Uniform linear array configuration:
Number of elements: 16
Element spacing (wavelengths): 1
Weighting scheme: kaiser
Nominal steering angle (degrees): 15
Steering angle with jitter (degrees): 16.083
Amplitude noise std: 0.05
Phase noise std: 0.05

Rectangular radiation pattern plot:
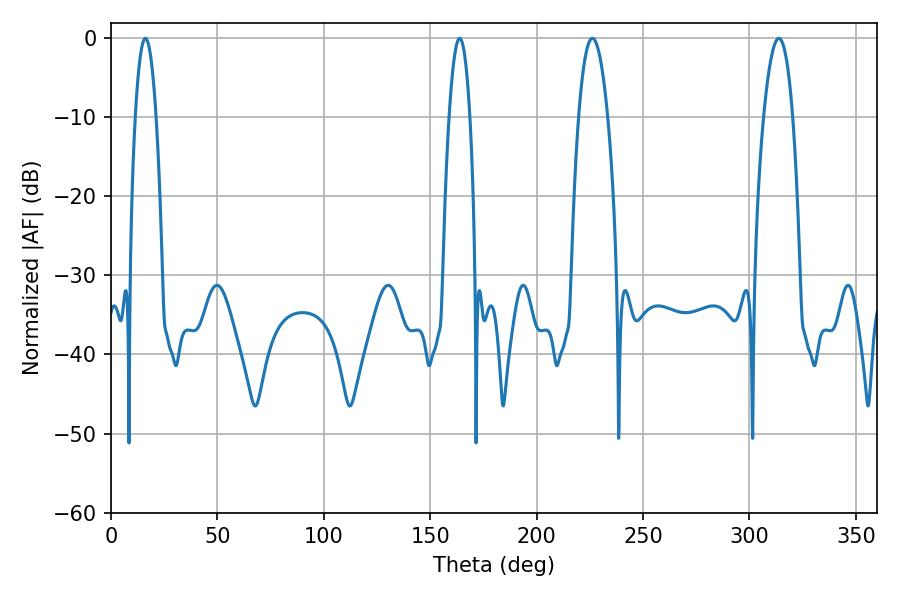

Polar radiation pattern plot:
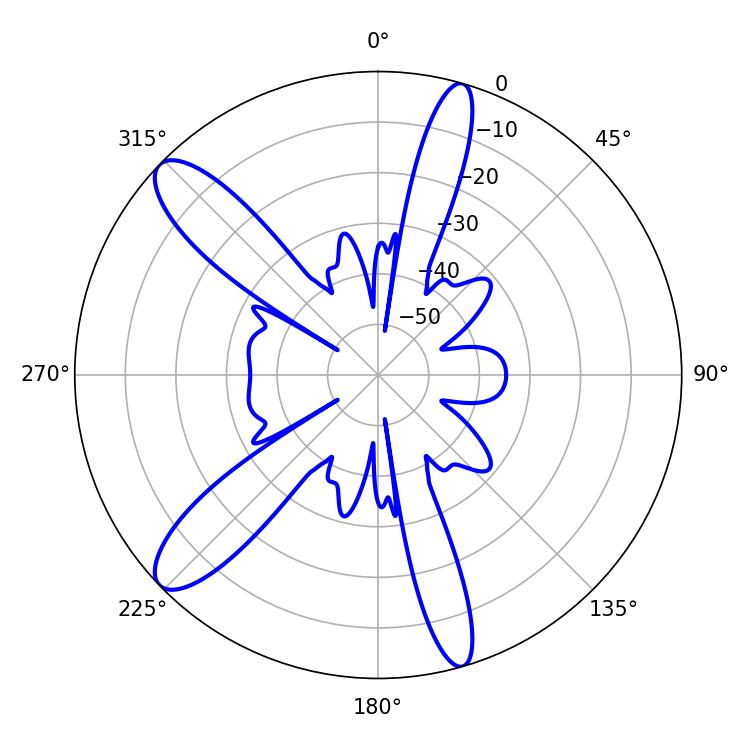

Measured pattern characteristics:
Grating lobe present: TRUE
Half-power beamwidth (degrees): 5.4
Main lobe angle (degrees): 163.8